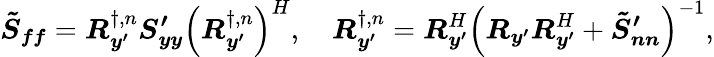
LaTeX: \boldsymbol{\tilde{S}_{ff}}=\boldsymbol{R}_{\boldsymbol{y^{\prime}}}^{\dagger,n}\boldsymbol{S_{yy}^{\prime}}\left(\boldsymbol{R}_{\boldsymbol{y^{\prime}}}^{\dagger,n}\right)^{H},\quad\boldsymbol{R}_{\boldsymbol{y^{\prime}}}^{\dagger,n}=\boldsymbol{R}_{\boldsymbol{y^{\prime}}}^{H}\left(\boldsymbol{R_{y^{\prime}}}\boldsymbol{R}_{\boldsymbol{y^{\prime}}}^{H}+\boldsymbol{\tilde{S}_{nn}^{\prime}}\right)^{-1},